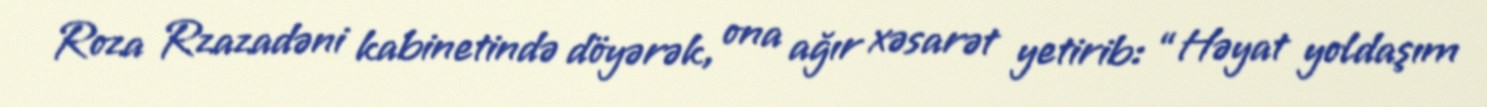
Roza Rzazadəni kabinetində döyərək, ona ağır xəsarət yetirib: “Həyat yoldaşım